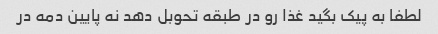
لطفا به پیک بگید غذا رو در طبقه تحوبل دهد نه پایین دمه در